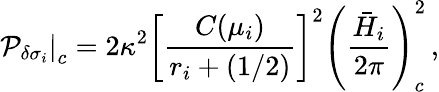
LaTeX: \left.{\cal P}_{\delta\sigma_{i}}\right|_{c}=2\kappa^{2}\left[{\frac{C(\mu_{i})}{r_{i}+(1/2)}}\right]^{2}\left({\frac{\bar{H}_{i}}{2\pi}}\right)_{c}^{2}\, ,